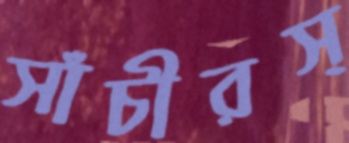
সাঁচীরস্